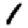
Digit: 1